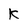
Character: K